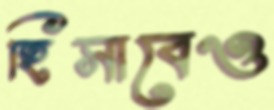
হিসাবেও